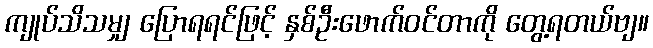
ကျုပ်သိသမျှ ပြောရရင်ဖြင့် နှစ်ဦးဖောက်ဝင်တာကို တွေ့ရတယ်ဗျ။